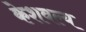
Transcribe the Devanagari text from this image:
केशवल्य